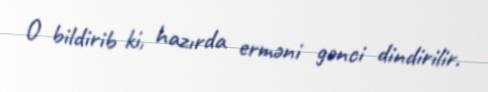
O bildirib ki, hazırda erməni gənci dindirilir.